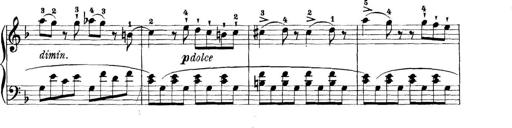
Title: 11 Sonatinas
Composer: Anton Diabelli